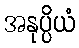
အနုပ္ပိယံ